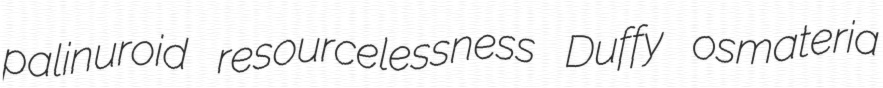
palinuroid resourcelessness Duffy osmateria